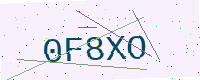
Text: 0F8XO